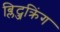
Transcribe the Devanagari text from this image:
ब्लिट्जक्रिंग